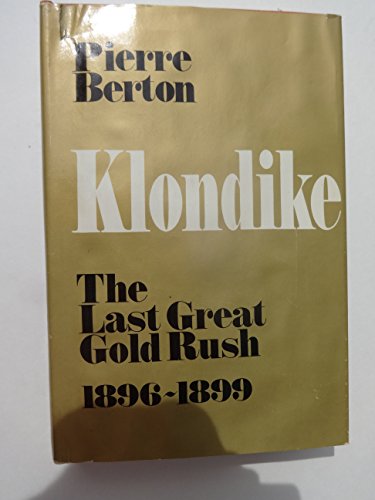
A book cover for Klondike: The Last Great Gold Rush, 1896-1899; Pierre Berton; History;